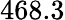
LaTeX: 468.3